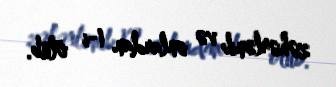
zəhərlənib və onlardan 1-i ölüb.